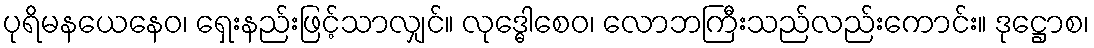
ပုရိမနယေနေဝ၊ ရှေးနည်းဖြင့်သာလျှင်။ လုဒ္ဓေါစေဝ၊ လောဘကြီးသည်လည်းကောင်း။ ဒုဋ္ဌောစ၊